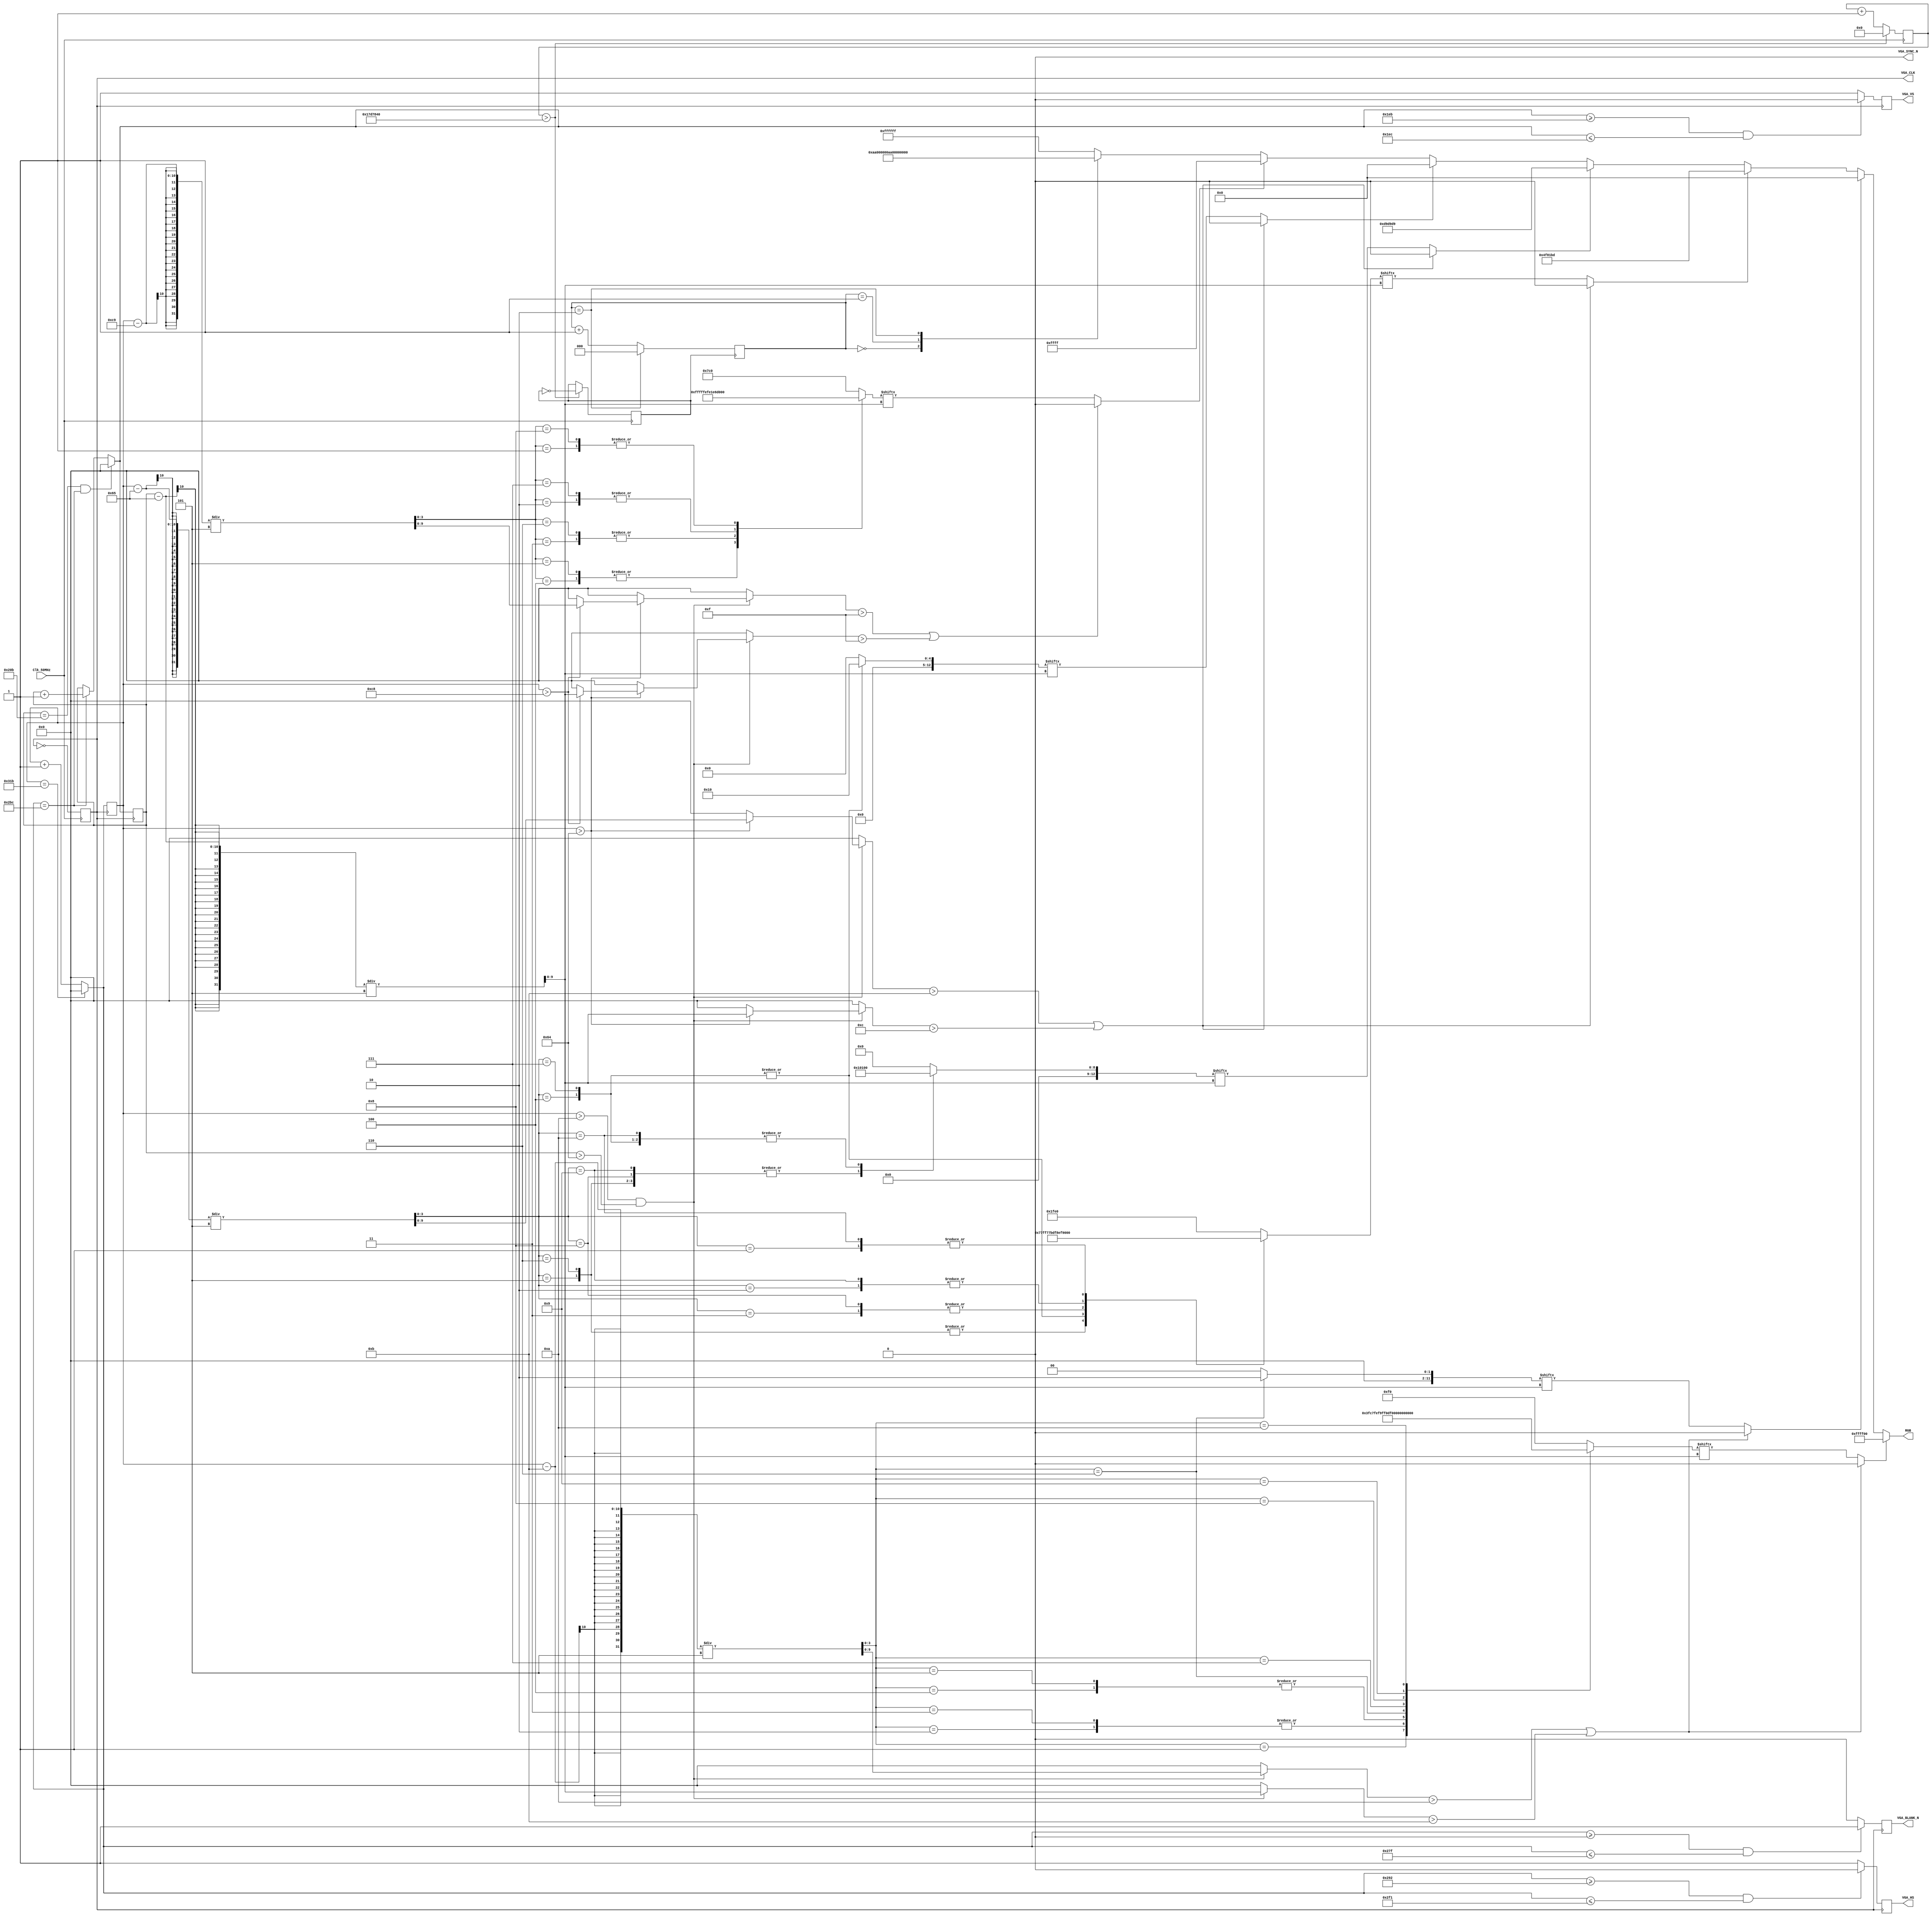
module Game (RGB, VGA_CLK, VGA_BLANK_N, 
				 VGA_HS, VGA_VS, VGA_SYNC_N,
				 Clk_50MHz);
// Output for VGA
output reg [23:0]RGB;
output reg VGA_CLK = 1'b0, 
			  VGA_BLANK_N, VGA_HS, VGA_VS, 
			  VGA_SYNC_N = 1'b0;
// Input for Clock 50MHz
input Clk_50MHz;
//---------------------------------------------------- Generate Clock 1Hz
reg CLK_1 = 1'b0;
reg [27:0]CLK_count = 0;
always@(posedge Clk_50MHz)begin
	if(CLK_count > 25000000)begin // (1Hz) 25000000
		CLK_1 = ~CLK_1; CLK_count = 0;
	end else CLK_count = CLK_count + 1;
end
//---------------------------------------------------- Background Color
reg [2:0]state = 0;
always@(posedge CLK_1)begin
	state <= (state == 3'd2) ? 3'd0 : (state + 3'd1);
end
//---------------------------------------------------- VGA Scan Sync
// 25MHz -> 40ns
always@(posedge Clk_50MHz)begin
	VGA_CLK = ~VGA_CLK;
end
// Screen SCAN
reg [9:0]hor_counter, 
		   ver_counter;
always@(posedge VGA_CLK)begin
	// Horizontal Scan
	if(hor_counter == 795) hor_counter = 0;
	else hor_counter = hor_counter + 1;
	// Vertical Scan
	if(ver_counter == 523 && hor_counter == 700) ver_counter = 0;
	else if(hor_counter == 700) ver_counter = ver_counter + 1;
	// Horizontal Signal
	if(hor_counter >= 658 && hor_counter <= 753) VGA_HS = 1'b0;
	else VGA_HS = 1'b1;
	// Vertical Signal
	if(ver_counter >= 491 && ver_counter <= 492) VGA_VS = 1'b0;
	else VGA_VS = 1'b1;
	// Output RGB Data
	if(hor_counter >= 0 && hor_counter <= 639) VGA_BLANK_N = 1'b1;
	else VGA_BLANK_N = 1'b0;
	
end
//---------------------------------------------------- Display
reg [9:0]x_Elf, y_Elf, x_Boss, y_Boss, x_Cus, y_Cus;
reg [11:0]X_Elf, Y_Elf;
reg [12:0]X_Boss, Y_Boss;
reg [15:0]Z_Boss, X_Cus;
always@(*)begin
	// 圖形的起始位置，根據位置定義圖形的矩陣。
	if(hor_counter > 10 && ver_counter > 100) begin
		x_Elf = (hor_counter - 11)/5;
		y_Elf = (ver_counter - 101)/5;
		X_Elf = dataX_Elf[x_Elf][y_Elf];
		Y_Elf = dataY_Elf[x_Elf][y_Elf];
		if(hor_counter > 100) begin
			x_Boss = (hor_counter - 101)/5;
			y_Boss = (ver_counter - 101)/5;
			X_Boss = dataX_Boss[x_Boss][y_Boss];
			Y_Boss = dataY_Boss[x_Boss][y_Boss];
			Z_Boss = dataZ_Boss[x_Boss][y_Boss];
			if(hor_counter > 200) begin
				x_Cus = (hor_counter - 201)/5;
				y_Cus = (ver_counter - 101)/5;
				X_Cus = dataX_Cus[x_Cus][y_Cus];
			end
		end
	end 
	// 當座標超過圖形矩陣的範圍時，圖形的矩陣要清空，才不會重複輸出。
	if(x_Elf > 10 || y_Elf > 11) begin
		X_Elf = 0;
		Y_Elf = 0;
	end
	if(x_Boss > 11 || y_Boss > 12) begin
		X_Boss = 0;
		Y_Boss = 0;
		Z_Boss = 0;
	end
	if(x_Cus > 15 || y_Cus > 15) begin
		X_Cus = 0;
	end
	// 根據圖形的矩陣，當矩陣中出現為High時，輸出特定的顏色。
	if(X_Elf == 1) begin
		RGB = 24'hFFFF00;
	end else if(Y_Elf == 1) begin
		RGB = 24'h000000;
	end else if(X_Boss == 1) begin
		RGB = 24'h4F81BD;
	end else if(Y_Boss == 1) begin
		RGB = 24'hD9D9D9;
	end else if(Z_Boss == 1) begin
		RGB = 24'h000000;
	end else if(X_Cus == 1) begin
		RGB = 24'h00FFFF;
	end else begin // 背景顏色
		case(state)
			3'd0:RGB = 24'hAA0000;
			3'd1:RGB = 24'h00AA00;
			3'd2:RGB = 24'h0000AA;
			default:RGB = 24'hFFFFFF;
		endcase
	end
	// 歸零座標。
	x_Elf = 0;
	y_Elf = 0;
	x_Boss = 0;
	y_Boss = 0;
	x_Cus = 0;
	y_Cus = 0;
end
//---------------------------------------------------- Paint SQL
// Elf paint
reg [11:0] dataX_Elf[0:10],
			  dataY_Elf[0:10];
// Boss paint
reg [12:0] dataX_Boss[0:11],
			  dataY_Boss[0:11],
			  dataZ_Boss[0:11];
// Custom paint
reg [15:0] dataX_Cus[0:9];

always@(*)begin
	// Elf Body
	dataX_Elf[0]  = 12'b000011110000;
	dataX_Elf[1]  = 12'b001111111100;
	dataX_Elf[2]  = 12'b011111111110;
	dataX_Elf[3]  = 12'b011111111110;
	dataX_Elf[4]  = 12'b111110011111;
	dataX_Elf[5]  = 12'b111110011111;
	dataX_Elf[6]  = 12'b111100001101;
	dataX_Elf[7]  = 12'b111100001111;
	dataX_Elf[8]  = 12'b011100001110;
	dataX_Elf[9]  = 12'b011000000110;
	dataX_Elf[10] = 12'b001000000100;
	// Elf Eye
	{dataY_Elf[0], dataY_Elf[1], dataY_Elf[2], 
	 dataY_Elf[3], dataY_Elf[4], dataY_Elf[5],
	 dataY_Elf[7], dataY_Elf[8], dataY_Elf[9], dataY_Elf[10]} = {10{12'b000000000000}};
	dataY_Elf[6]  = 12'b000000000010;
	// Boss Body
	{dataX_Boss[0], dataX_Boss[11]} = {2{13'b1111111100000}};
	{dataX_Boss[1], dataX_Boss[10]} = {2{13'b0111011111000}};
	{dataX_Boss[2], dataX_Boss[9]}  = {2{13'b0011101111100}};
	{dataX_Boss[3], dataX_Boss[8]}  = {2{13'b0111101111110}};
	{dataX_Boss[4], dataX_Boss[7]}  = {2{13'b1111011101111}};
	{dataX_Boss[5], dataX_Boss[6]}  = {2{13'b0011101111111}};
	// Boss mouth
	{dataY_Boss[0], dataY_Boss[11]} = {2{13'b0000000000000}};
	{dataY_Boss[1], dataY_Boss[10]} = {2{13'b0000100000000}};
	{dataY_Boss[2], dataY_Boss[9]}  = {2{13'b0000010000000}};
	{dataY_Boss[3], dataY_Boss[8]}  = {2{13'b0000010000000}};
	{dataY_Boss[4], dataY_Boss[7]}  = {2{13'b0000100000000}};
	{dataY_Boss[5], dataY_Boss[6]}  = {2{13'b0000010000000}};
	// Boss eye
	{dataZ_Boss[0], dataZ_Boss[1], dataZ_Boss[2],
	 dataZ_Boss[3], dataZ_Boss[5], dataZ_Boss[6],
	 dataZ_Boss[8], dataZ_Boss[9], dataZ_Boss[10], dataZ_Boss[11]}  = {10{13'b0000000000000}};
	{dataZ_Boss[4], dataZ_Boss[7]}  = {2{13'b0000000010000}};
	// Custom Body
	{dataX_Cus[0], dataX_Cus[9]} = {2{16'b0000_0111_1100_0000}};
	{dataX_Cus[1], dataX_Cus[8]} = {2{16'b1100_1111_1110_0000}};
	{dataX_Cus[2], dataX_Cus[7]} = {2{16'b1110_0001_1110_0110}};
	{dataX_Cus[3], dataX_Cus[6]} = {2{16'b1111_1111_1110_1111}};
	{dataX_Cus[4], dataX_Cus[5]} = {2{16'b0000_1111_1111_1111}};
end

endmodule